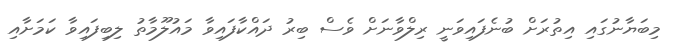
މިބަޔާނުގައި އިތުރަށް ބުނެފައިވަނީ ރިލްވާނަށް ވެސް ބިރު ދައްކާފައިވާ މައުލޫމާތު ލިބިފައިވާ ކަމަށާއި